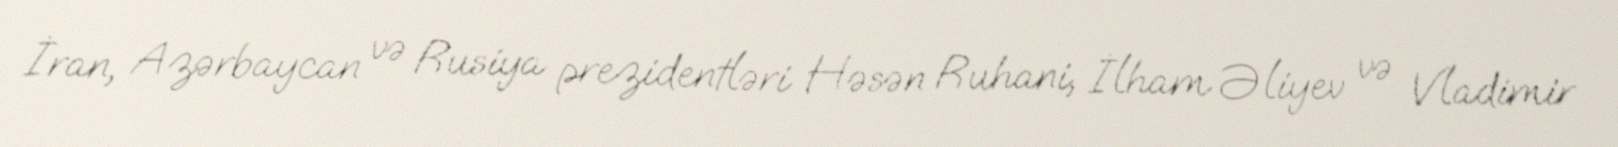
İran, Azərbaycan və Rusiya prezidentləri Həsən Ruhani, İlham Əliyev və Vladimir